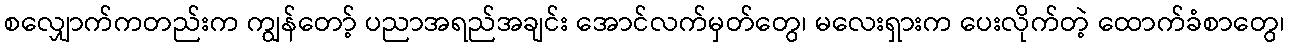
စလျှောက်ကတည်းက ကျွန်တော့် ပညာအရည်အချင်း အောင်လက်မှတ်တွေ၊ မလေးရှားက ပေးလိုက်တဲ့ ထောက်ခံစာတွေ၊